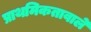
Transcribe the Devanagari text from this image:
प्राथमिकतावाले